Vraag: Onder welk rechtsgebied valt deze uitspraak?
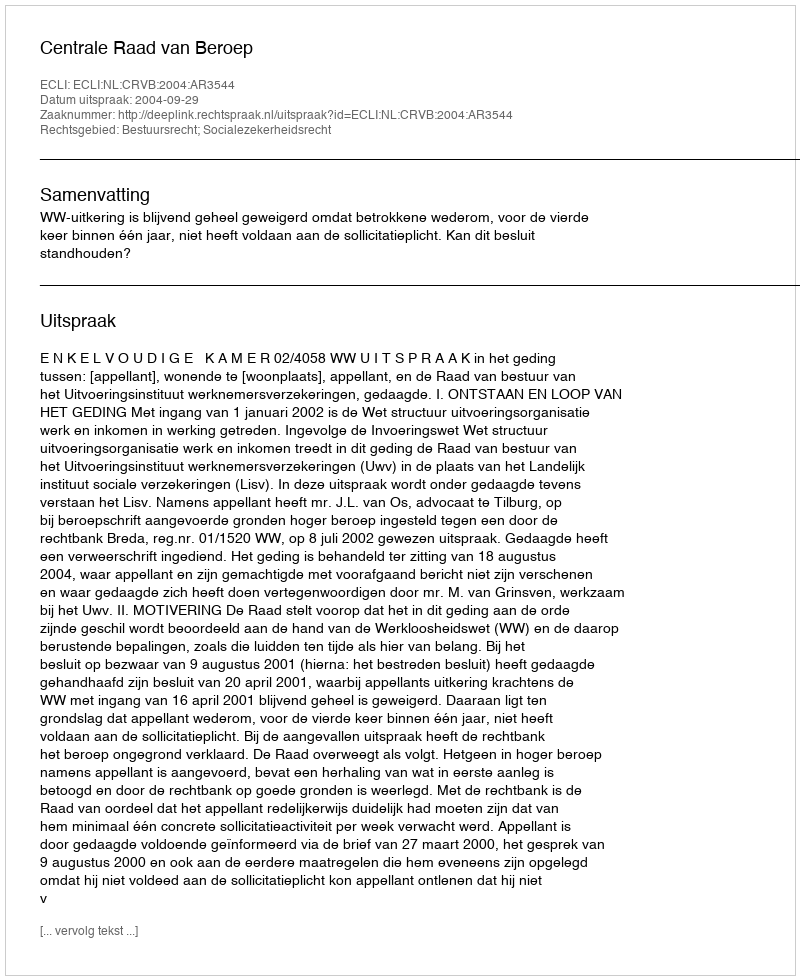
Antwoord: Bestuursrecht; Socialezekerheidsrecht